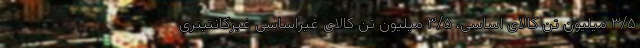
۳/۵ میلیون تن کالای اساسی، ۳/۵ میلیون تن کالای غیراساسی غیرکانتینری